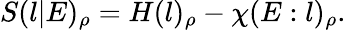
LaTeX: S(l|E)_{\rho}=H(l)_{\rho}-\chi(E:l)_{\rho}.